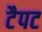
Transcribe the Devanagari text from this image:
टैपट